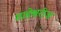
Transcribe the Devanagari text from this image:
माहेश्वरीज